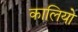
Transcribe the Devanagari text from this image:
कालियो